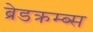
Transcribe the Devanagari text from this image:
ब्रेडक्रम्ब्स